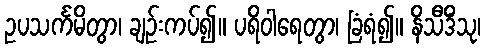
ဥပသင်္ကမိတွာ၊ ချဉ်းကပ်၍။ ပရိဝါရေတွာ၊ ခြံရံ၍။ နိသီဒိံသု၊